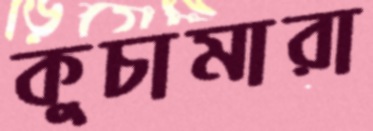
কুচামারা